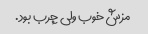
مزش خوب ولی چرب بود.